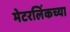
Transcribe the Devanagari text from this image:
मेटरलिंकच्या